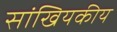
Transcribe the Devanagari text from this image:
सांखियकीय